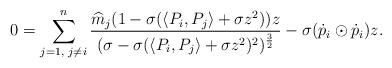
LaTeX: \begin{align*} 0=\sum\limits_{j=1,\textrm{ }j\neq i}^{n}\frac{\widehat{m}_{j}(1-\sigma(\langle P_{i},P_{j}\rangle+\sigma z^{2}))z}{(\sigma-\sigma(\langle P_{i},P_{j}\rangle+\sigma z^{2})^{2})^{\frac{3}{2}}}-\sigma(\dot{p}_{i}\odot\dot{p}_{i})z. \end{align*}